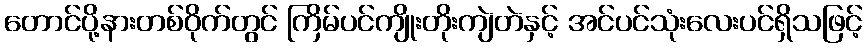
တောင်ပို့နားတစ်ဝိုက်တွင် ကြိမ်ပင်ကျိုးတိုးကျဲတဲနှင့် အင်ပင်သုံးလေးပင်ရှိသဖြင့်